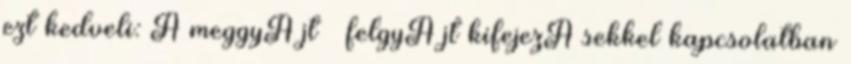
ezt kedveli: A meggyÃºjt – felgyÃºjt kifejezÃ sekkel kapcsolatban